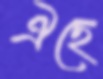
ঐছে